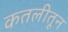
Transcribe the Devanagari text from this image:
कतलीतून